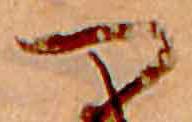
つ